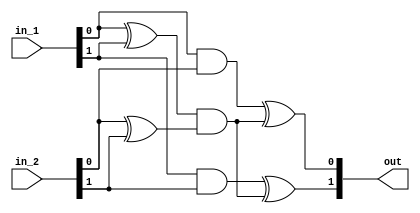
// Roll no.: 19ME10101
// Project Description: AES Canright S-box
// https://github.com/aretrosen/Implementation-of-AES-SBOX/blob/master/sbox_comp_field.v
module mul_gf_4(
    input [1:0] in_1,
    input [1:0] in_2,
    output [1:0] out
);
wire w1, w2, w3;
assign w1 = (in_1[0] ^ in_1[1]) & (in_2[0] ^ in_2[1]);
assign w2 = (in_1[0] & in_2[0]) ^ w1;
assign w3 = (in_1[1] & in_2[1]) ^ w1;
assign out = {w3, w2};
endmodule

module scale_gf_4(
    input [1:0] in,
    output [1:0] out
);
assign out = {in[0], in[0] ^ in[1]};
endmodule

module scale_sq_gf_4(
    input [1:0] in,
    output [1:0] out
);
assign out = {in[0] ^ in[1], in[1]};
endmodule

module inv_gf_4(
    input [1:0] in,
    output [1:0] out
);
assign out = {in[0], in[1]};
endmodule

module mul_gf_16(
    input [3:0] in_1,
    input [3:0] in_2,
    output [3:0] out
);
wire [1:0] in_1_h, in_1_l, in_2_h, in_2_l, w1, w2, wll, whh;
assign in_1_h = in_1[3:2];
assign in_1_l = in_1[1:0];
assign in_2_h = in_2[3:2];
assign in_2_l = in_2[1:0];
mul_gf_4 mul1(.in_1(in_1_l^in_1_h), .in_2(in_2_h^in_2_l), .out(w1));
scale_gf_4 scl(.in(w1), .out(w2));
mul_gf_4 mul2(.in_1(in_1_l), .in_2(in_2_l), .out(wll));
mul_gf_4 mul3(.in_1(in_1_h), .in_2(in_2_h), .out(whh));
assign out = {whh ^ w2, wll ^ w2};
endmodule

module sq_scale_gf_16(
    input [3:0] in,
    output [3:0] out
);
wire [1:0] w1, w2, w3;
inv_gf_4 inv1(.in(in[3:2] ^ in[1:0]), .out(w1));
inv_gf_4 inv2(.in(in[1:0]), .out(w2));
scale_sq_gf_4 scl(.in(w2), .out(w3));
assign out= {w1, w3};
endmodule

module inv_gf_16(
    input [3:0] in,
    output [3:0] out
);
wire [1:0] in_h, in_l, w0, w1, w2, w3, o1, o2;
assign in_h = in[3:2];
assign in_l = in[1:0];
inv_gf_4 inv1(.in(in_h ^ in_l), .out(w0));
scale_gf_4 scl(.in(w0), .out(w1));
mul_gf_4 mul1(.in_1(in_l), .in_2(in_h), .out(w2));
inv_gf_4 inv2(.in(w1 ^ w2), .out(w3));
mul_gf_4 mul2(.in_1(w3), .in_2(in_l), .out(o1));
mul_gf_4 mul3(.in_1(w3), .in_2(in_h), .out(o2));
assign out = {o1, o2};
endmodule

module G16_inv_v2 (
    output [3:0] g16_inv_o,
    input [3:0] x
);
    wire x1, x2, x3, x4, y1, y2, y3, y4;
    wire t1, t2, t3, t4, t5, t6, t7, t8, t9 ,t10, t11, t12;
    assign x1 = x[3];
    assign x2 = x[2];
    assign x3 = x[1];
    assign x4 = x[0];

    assign t1 = x1 ^ x2;
    assign t2 = x1 & x3;
    assign t3 = x4 ^ t2;
    assign t4 = t1 & t3;
    assign y4 = x2 ^ t4; // (*)
    assign t5 = x3 ^ x4;
    assign t6 = x2 ^ t2;
    assign t7 = t5 & t6;
    assign y2 = x4 ^ t7; // (*)
    assign t8 = x3 ^ y2;
    assign t9 = t3 ^ y2;
    assign t10 = x4 & t9;
    assign y1 = t10 ^ t8; // (*)
    assign t11 = t3 ^ t10;
    assign t12 = y4 & t11;
    assign y3 = t12 ^ t1; // (*)

    assign g16_inv_o = {y1, y2, y3, y4};

endmodule

module inv_gf_256(
    input [7:0] in,
    output [7:0] out
);
wire [3:0] in_h, in_l, w1, w2, w3, o0, o1;
assign in_h = in[7:4];
assign in_l = in[3:0];
sq_scale_gf_16 sqscl(.in(in_h ^ in_l), .out(w1));
mul_gf_16 mul1(.in_1(in_h), .in_2(in_l), .out(w2));
// G16_inv_v2 inv(.x(w1 ^ w2), .g16_inv_o(w3));
inv_gf_16 inv(.in(w1 ^ w2), .out(w3));
mul_gf_16 mul2(.in_1(w3), .in_2(in_l), .out(o0));
mul_gf_16 mul3(.in_1(w3), .in_2(in_h), .out(o1));
assign out = {o0, o1};
endmodule

module SubBytes(
    input [7:0] byte_in,
    output [7:0] byte_o
);
wire [7:0] AtoX, X;
wire x65, x10, s53, s60, s41;
assign x65 = byte_in[6] ^ byte_in[5];
assign x10 = byte_in[1] ^ byte_in[0];
assign AtoX[7] = byte_in[7] ^ x65 ^ byte_in[2] ^ x10;
assign AtoX[6] = x65 ^ byte_in[4] ^ byte_in[0];
assign AtoX[5] = x65 ^ x10;
assign AtoX[4] = byte_in[7] ^ x65 ^ byte_in[0];
assign AtoX[3] = byte_in[7] ^ byte_in[4] ^ byte_in[3] ^ x10;
assign AtoX[2] = byte_in[0];
assign AtoX[1] = x65 ^ byte_in[0];
assign AtoX[0] = byte_in[6] ^ byte_in[3] ^ byte_in[2] ^ x10;
inv_gf_256 inv256(.in(AtoX), .out(X));
assign s53 = X[5] ^ X[3];
assign s60 = X[6] ^ X[0];
assign s41 = X[4] ^ X[1] ^ 1'b1;
assign byte_o[7] = s53;
assign byte_o[6] = X[7] ^ X[3] ^ 1'b1;
assign byte_o[5] = s60 ^ 1'b1;
assign byte_o[4] = X[7] ^ s53;
assign byte_o[3] = X[7] ^ X[6] ^ X[4] ^ s53;
assign byte_o[2] = X[2] ^ s53 ^ s60;
assign byte_o[1] = X[5] ^ s41;
assign byte_o[0] = X[6] ^ s41;
endmodule